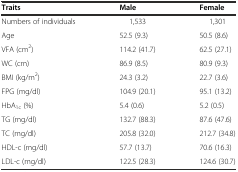
| Traits | Male | Female |
 | --- | --- | --- |
 | Numbers of individuals | 1,533 | 1,301 |
 | Age | 52.5 (9.3) | 50.5 (8.6) |
 | VFA (cm2) | 114.2 (41.7) | 62.5 (27.1) |
 | WC (cm) | 86.9 (8.5) | 80.9 (9.3) |
 | BMI (kg/m2) | 24.3 (3.2) | 22.7 (3.6) |
 | FPG (mg/dl) | 104.9 (20.1) | 95.1 (13.2) |
 | HbA1c (%) | 5.4 (0.6) | 5.2 (0.5) |
 | TG (mg/dl) | 132.7 (88.3) | 87.6 (47.6) |
 | TC (mg/dl) | 205.8 (32.0) | 212.7 (34.8) |
 | HDL-c (mg/dl) | 57.7 (13.7) | 70.6 (16.3) |
 | LDL-c (mg/dl) | 122.5 (28.3) | 124.6 (30.7) |